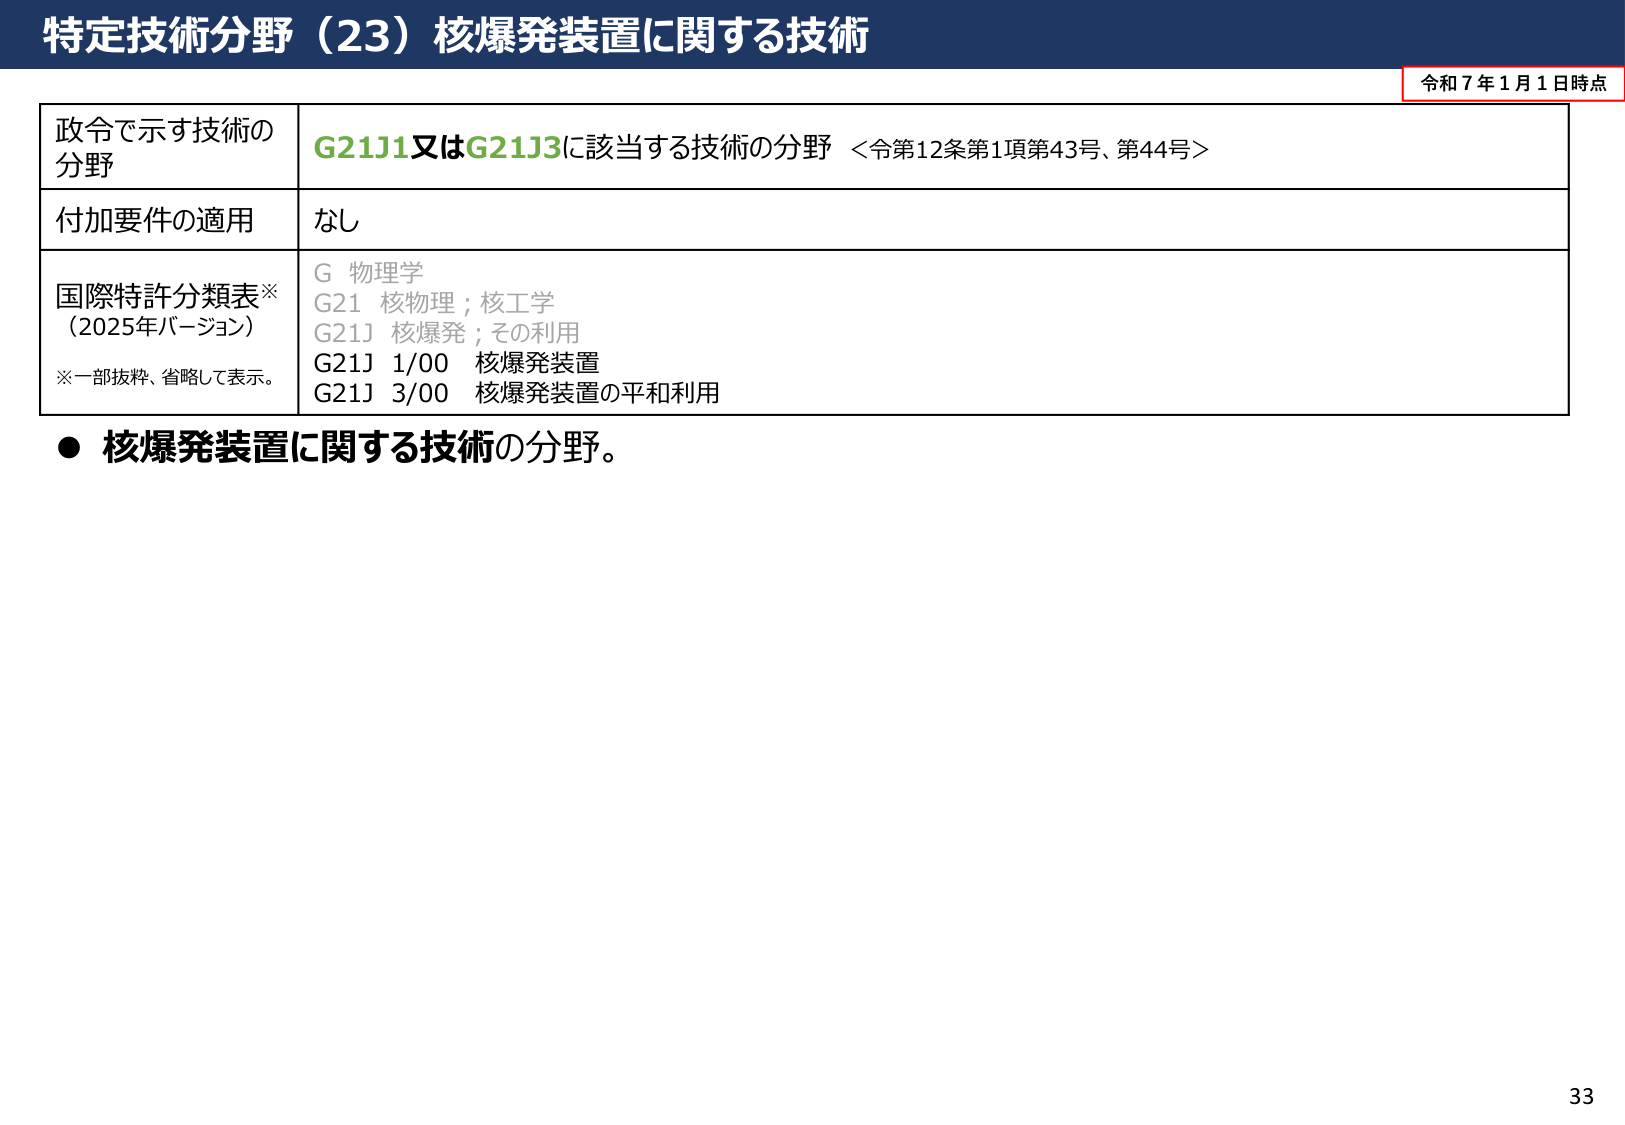
特定技術分野（23）核爆発装置に関する技術

令和７年１月１日時点

政令で示す技術の
分野
G21J1又はG21J3に該当する技術の分野 ＜令第12条第1項第43号、第44号＞

付加要件の適用
なし

国際特許分類表※
（2025年バージョン）
※一部抜粋、省略して表示。
G 物理学
G21 核物理；核工学
G21J 核爆発；その利用
G21J 1/00 核爆発装置
G21J 3/00 核爆発装置の平和利用

● 核爆発装置に関する技術の分野。

33